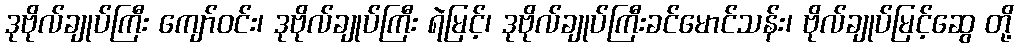
ဒုဗိုလ်ချုပ်ကြီး ကျော်ဝင်း၊ ဒုဗိုလ်ချုပ်ကြီး ရဲမြင့်၊ ဒုဗိုလ်ချုပ်ကြီးခင်မောင်သန်း၊ ဗိုလ်ချုပ်မြင့်ဆွေ တို့